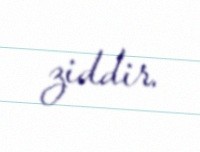
ziddir.